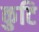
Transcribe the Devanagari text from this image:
कुटि